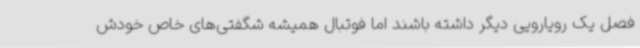
فصل یک رویارویی دیگر داشته باشند اما فوتبال همیشه شگفتی‌های خاص خودش